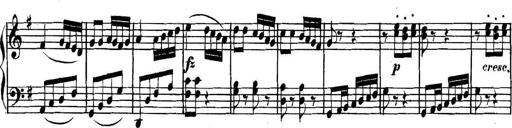
Title: Collected Piano Sonatas
Composer: Muzio Clementi